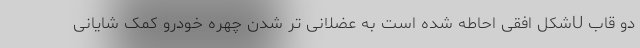
دو قاب Uشکل افقی احاطه شده است به عضلانی تر شدن چهره خودرو کمک شایانی